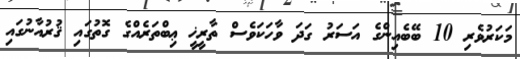
މަކަރުވެރި 10 ބޭބެއިންގެ އަސަރު ގަދަ ވާހަކަވެސް ތާރީޚީ ޢިބްތަރެއްގެ ގޮތުގައި ޤުރުއާނުގައި